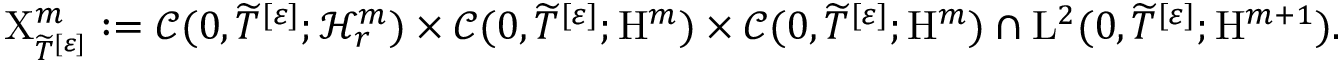
\mathrm { X } _ { \widetilde { T } ^ { [ \varepsilon ] } } ^ { m } : = \mathscr { C } ( 0 , \widetilde { T } ^ { [ \varepsilon ] } ; \mathcal { H } _ { r } ^ { m } ) \times \mathscr { C } ( 0 , \widetilde { T } ^ { [ \varepsilon ] } ; \mathrm { H } ^ { m } ) \times \mathscr { C } ( 0 , \widetilde { T } ^ { [ \varepsilon ] } ; \mathrm { H } ^ { m } ) \cap \mathrm { L } ^ { 2 } ( 0 , \widetilde { T } ^ { [ \varepsilon ] } ; \mathrm { H } ^ { m + 1 } ) .